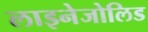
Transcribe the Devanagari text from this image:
लाइनेजोलिड